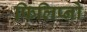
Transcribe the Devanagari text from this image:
फिलिप्नो